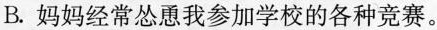
B.妈妈经常怂恿我参加学校的各种竞赛。